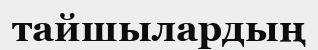
тайшылардың